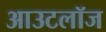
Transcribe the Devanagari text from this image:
आउटलॉज